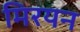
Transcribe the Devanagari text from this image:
मिरयन